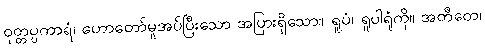
ဝုတ္တပ္ပကာရံ၊ ဟောတော်မူအပ်ပြီးသော အပြားရှိသော။ ရူပံ၊ ရူပါရုံကို။ အတီတေ၊